Annual report of the Imperial Bacteriological Laboratory, Muktesar
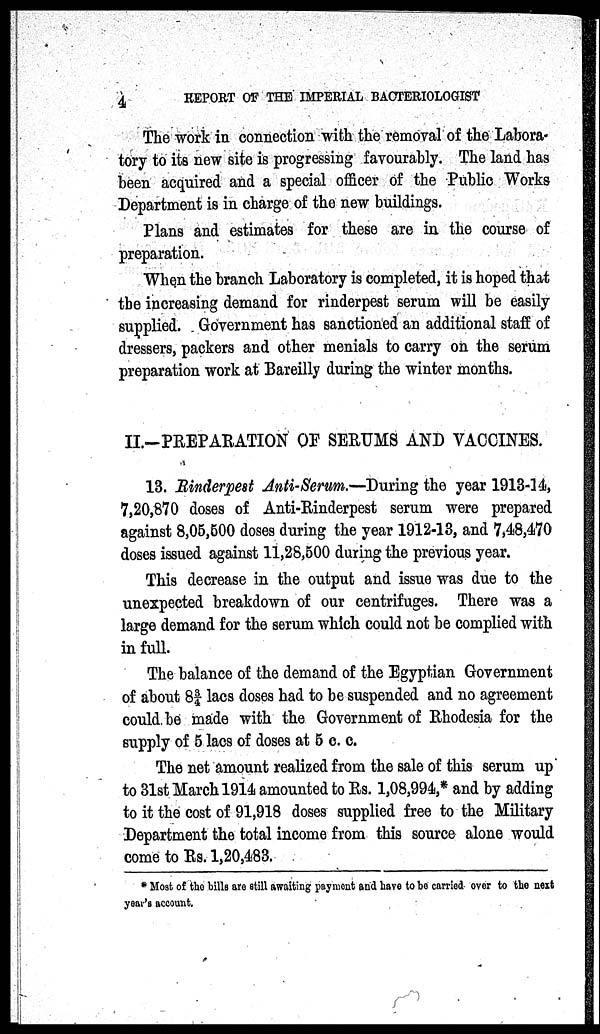
4
REPORT
OF THE IMPERIAL BACTERIOLOGIST
The work in connection with the removal of the Labora-
tory to its new site is progressing favourably. The land has
been acquired and a special officer of the Public Works
Department is in charge of the new buildings.
Plans and estimates for these are in the course of
preparation.
When the branch Laboratory is completed, it is hoped that
the increasing demand for rinderpest serum will be easily
supplied. Government has sanctioned an additional staff of
dressers, packers and other menials to carry on the serum
preparation work at Bareilly during the winter months.
II.-PREPARATION OF SERUMS AND VACCINES.
13. Rinderpest Anti-Serum.—During the year 1913-14,
7,20,870 doses of Anti-Rinderpest serum were prepared
against 8,05,500 doses during the year 1912-13, and 7,48,470
doses issued against 11,28,500 during the previous year.
This decrease in the output and issue was due to the
unexpected breakdown of our centrifuges. There was a
large demand for the serum which could not be complied with
in full.
The balance of the demand of the Egyptian Government
of about 8¾ lacs doses had to be suspended and no agreement
could be made with the Government of Rhodesia for the
supply of 5 lacs of doses at 5 c. c.
The net amount realized from the sale of this serum up
to 31st March 1914 amounted to Rs. 1,08,994,* and by adding
to it the cost of 91,918 doses supplied free to the Military
Department the total income from this source alone would
come to Rs. 1,20,483.
* Most of the bills are still awaiting payment and have to be carried over to the next
year's account.